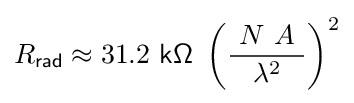
R_{\mathsf {rad}}\approx 31.2{\mathsf {\ k\Omega \ }}\left({\frac {\ N\ A\ }{\lambda ^{2}}}\right)^{2}